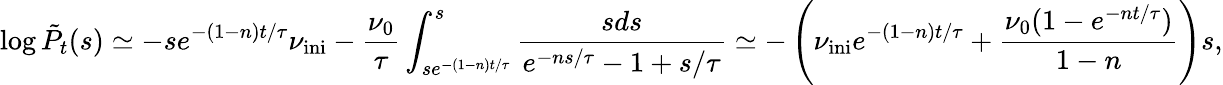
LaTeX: \log\tilde{P}_{t}(s)\simeq-se^{-(1-n)t/\tau}\nu_{\mathrm{{ini}}}-\frac{\nu_{0}}{\tau}\int_{se^{-(1-n)t/\tau}}^{s}\frac{sds}{e^{-ns/\tau}-1+s/\tau}\simeq-\left(\nu_{\mathrm{ini}}e^{-(1-n)t/\tau}+\frac{\nu_{0}(1-e^{-nt/\tau})}{1-n}\right)s,